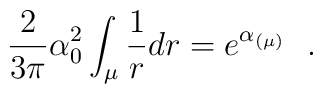
\frac{2}{3\pi} \alpha^2_0\int_{\mu} \frac{1}{r}dr = e^{\alpha_{(\mu)}}~~.